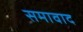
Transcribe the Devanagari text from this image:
समावाद